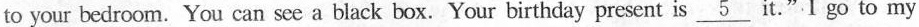
to your bedroom. You can see a black box. Your birthday present is \underline{5} it."I go to my